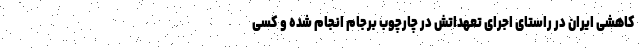
کاهشی ایران در راستای اجرای تعهداتش در چارچوب برجام انجام شده و کسی